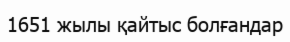
1651 жылы қайтыс болғандар